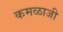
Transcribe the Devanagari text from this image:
कमळाजी